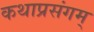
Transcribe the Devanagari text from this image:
कथाप्रसंगम्